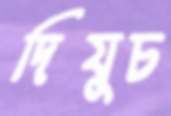
দিযুচ